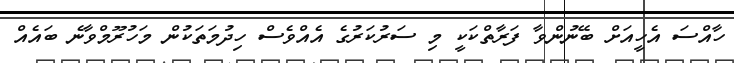
ހާއްސަ އެހީއަށް ބޭނުންވާ ފަރާތްކަކީ މި ސަރުކަރުގެ އެއްވެސް ހިދުމަތަކުން މަހުރޫމްވާނެ ބައެއް